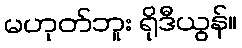
မဟုတ်ဘူး ရိုဒီယွန်။